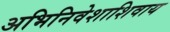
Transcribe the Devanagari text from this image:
अभिनिवेशाशिवाय